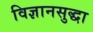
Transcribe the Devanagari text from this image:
विज्ञानसुद्धा